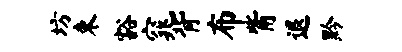
坊束豁窕背布觜退黔